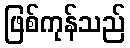
ဖြစ်ကုန်သည်